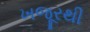
ખજૂરથી